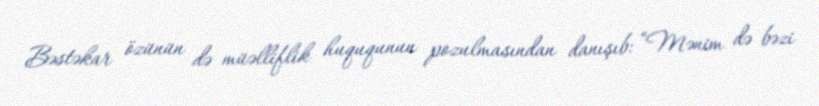
Bəstəkar özünün də müəlliflik huququnun pozulmasından danışıb: “Mənim də bəzi